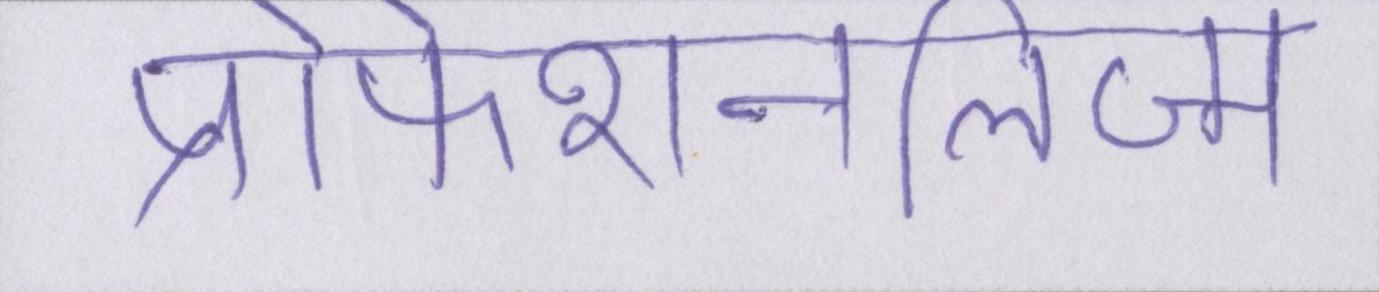
प्रोफेशनलिज्म